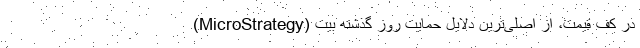
(MicroStrategy) در کف قیمت، از اصلی‌ترین دلایل حمایت روز گذشته بیت